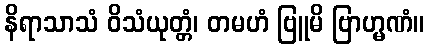
နိရာသာသံ ဝိသံယုတ္တံ၊ တမဟံ ဗြူမိ ဗြာဟ္မဏံ။